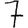
Digit: 7